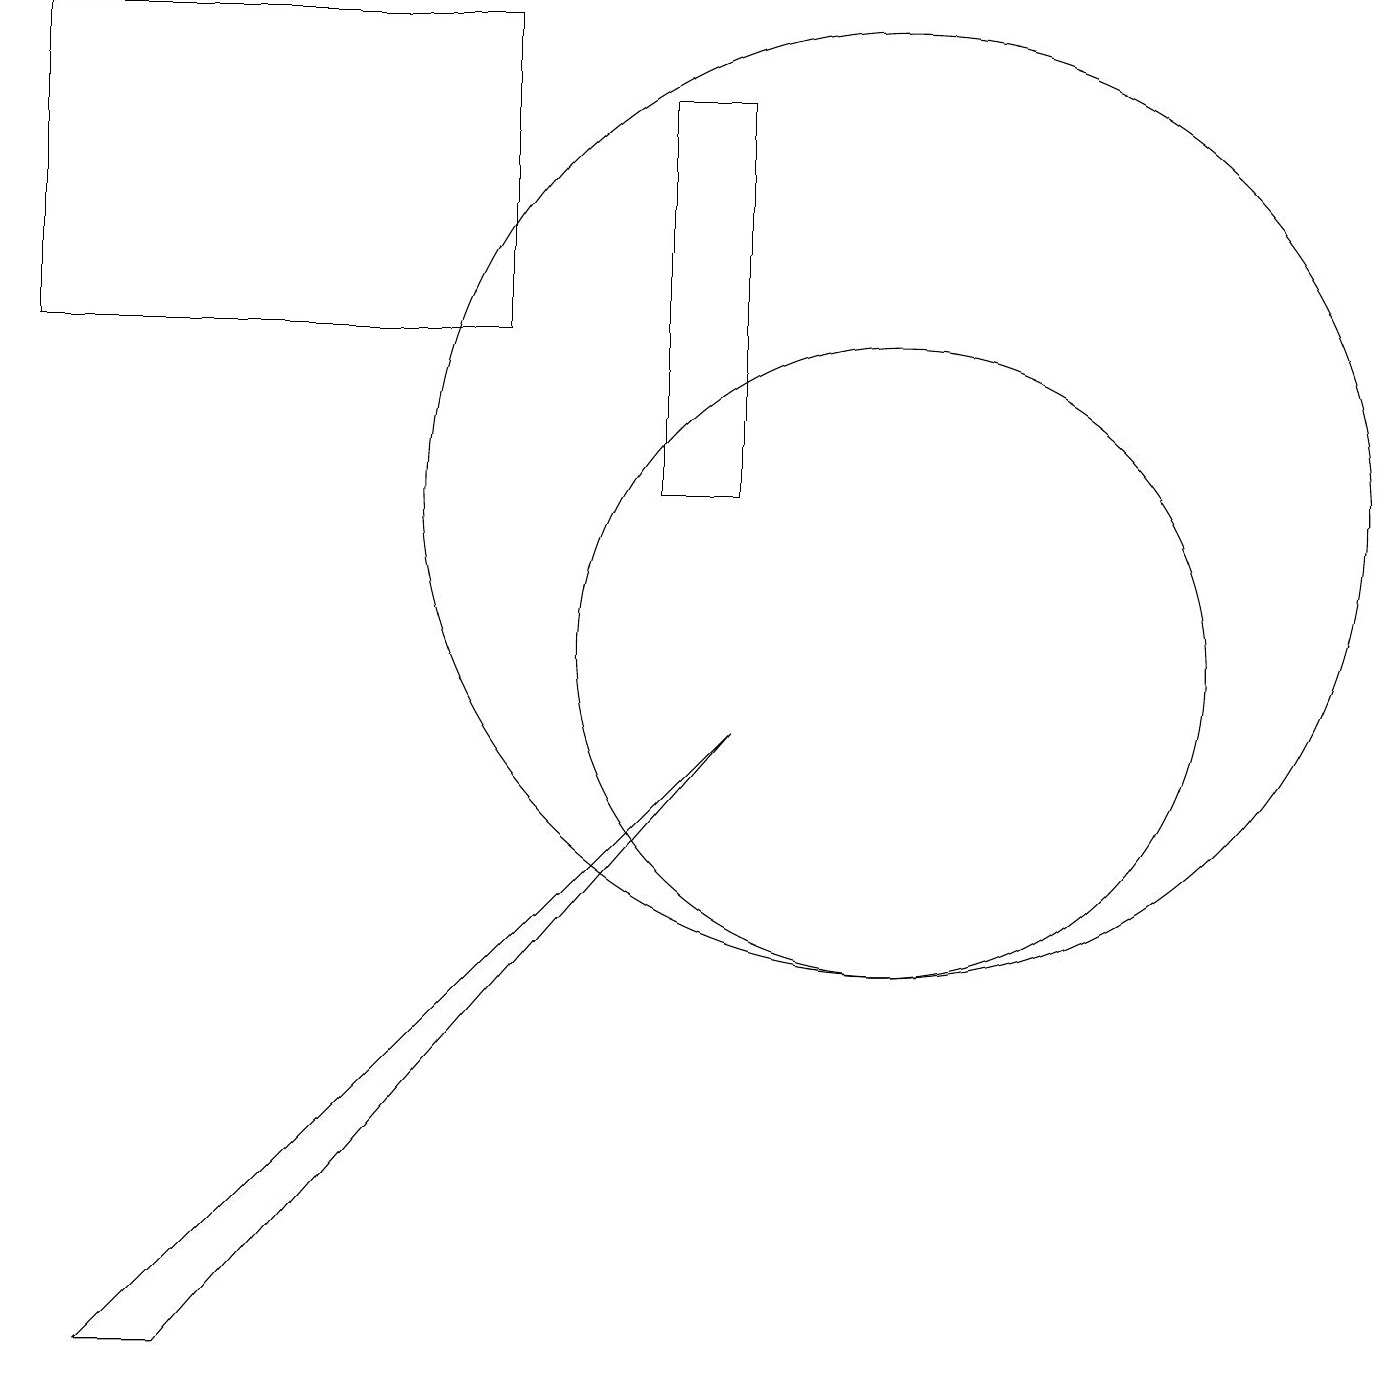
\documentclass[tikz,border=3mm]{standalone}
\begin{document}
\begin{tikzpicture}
\draw (11,10) circle (4);
\draw (8,17) rectangle (9,12);
\draw (2,1) -- (1,1) -- (9,9) -- cycle;
\draw (11,12) circle (6);
\draw (6,18) rectangle (0,14);
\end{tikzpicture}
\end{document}